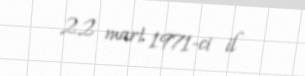
22 mart 1971-ci il